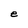
Character: e